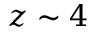
z \sim 4